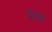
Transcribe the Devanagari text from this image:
३६३६